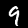
Digit: 9